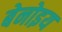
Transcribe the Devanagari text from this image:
बेनोइय